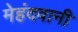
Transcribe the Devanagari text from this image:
मेहंदवानी